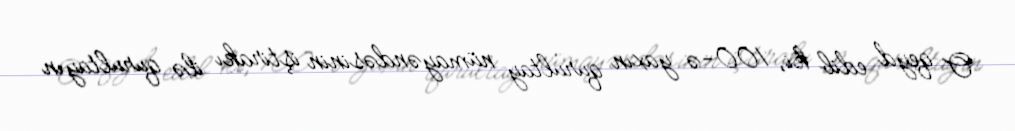
O qeyd edib ki, 100-ə yaxın qurultay nümayəndəsinin iştirakı ilə qurultayın